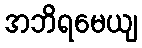
အဘိရမေယျ